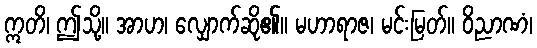
ဣတိ၊ ဤသို့။ အာဟ၊ လျှောက်ဆို၏။ မဟာရာဇ၊ မင်းမြတ်။ ဝိညာဏံ၊